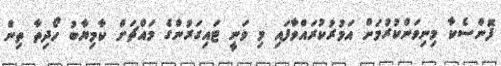
ފޮންސެކާ މިނިވަންކުރުމަށް އަމުރުކުރައްވާފައި މި ވަނީ ޓައިގަރުންގެ މައްޗަށް ކާމިޔާބު ހޯދިތާ ތިން